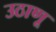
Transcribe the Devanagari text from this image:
उठाणू